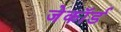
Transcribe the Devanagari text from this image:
जेकॉर्ड